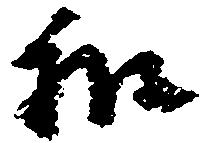
和